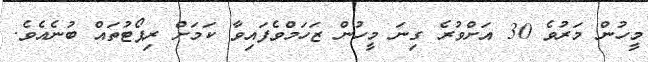
މީހުން މަރުވެ 30 އަށްވުރެ ގިނަ މީހުން ޒަހަމްވެފައިވާ ކަމަށް ރިޕޯޓުތައް ބުނެއެވެ.